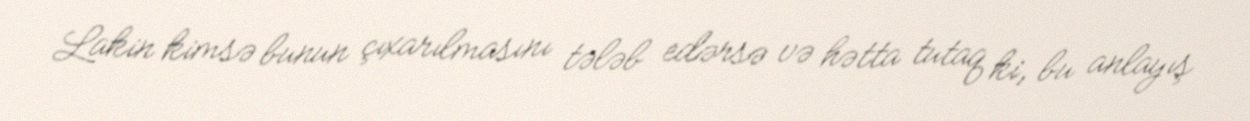
Lakin kimsə bunun çıxarılmasını tələb edərsə və hətta tutaq ki, bu anlayış